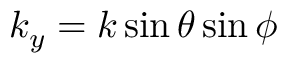
k _ { y } = k \sin \theta \sin \phi